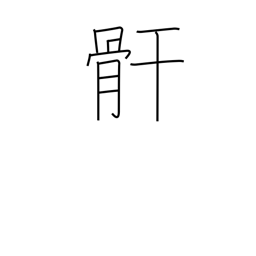
Meaning: leg